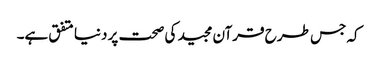
کہ جس طرح قرآن مجید کی صحت پر دنیا متفق ہے۔